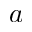
a